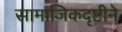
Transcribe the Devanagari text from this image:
सामाजिकदृष्टीने